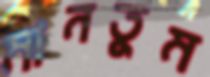
মানতুম